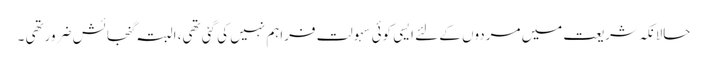
حالانکہ شریعت میں مردوں کے لئے ایسی کوئی سہولت فراہم نہیں کی گئی تھی، البتہ گنجائش ضرورتھی ۔